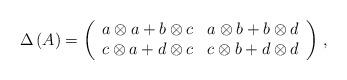
LaTeX: \begin{align*}\Delta \left( A \right) = \left(\begin{array}{cc} a \otimes a + b \otimes c & a \otimes b + b \otimes d \\ c \otimes a + d \otimes c & c \otimes b + d \otimes d\end{array}\right) \, ,\end{align*}